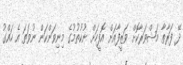
ދޭ ފަރާތާ މަޝްވަރާކޮށް ވަޒީފާއަށް އޮފީހަށް ނުކުތުމުގެ މިނިވަންކަން ނުވަތަ އެ ހައްގު